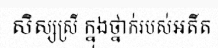
សិស្សស្រី ក្នុងថ្នាក់របស់អតីត